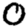
Digit: 0